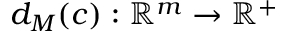
d _ { M } ( \boldsymbol { c } ) : \mathbb { R } ^ { m } \rightarrow \mathbb { R } ^ { + }